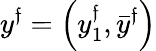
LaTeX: y^{\mathfrak{f}}=\left(y_{1}^{\mathfrak{f}},{\bar{{y}}}^{\mathfrak{f}}\right)